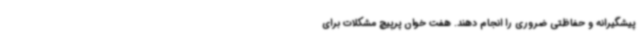
پیشگیرانه و حفاظتی ضروری را انجام دهند. هفت خوان پرپیچ مشکلات برای